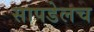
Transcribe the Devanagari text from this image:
सापडेलच